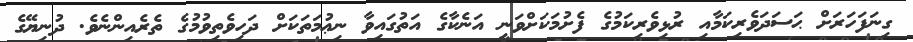
ގިނަފަހަރަށް ޙަސަދަވެރިކަމާއި ރުޅިވެރިކަމުގެ ފެށުމަކަށްވަނީ އަނެކާގެ އަތުގައިވާ ނިޢުމަތަކަށް ދަހިވެތިވުމުގެ ތެރެއިންނެވެ. ދުނިޔޭގެ